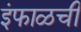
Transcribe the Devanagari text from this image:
इंफाळची